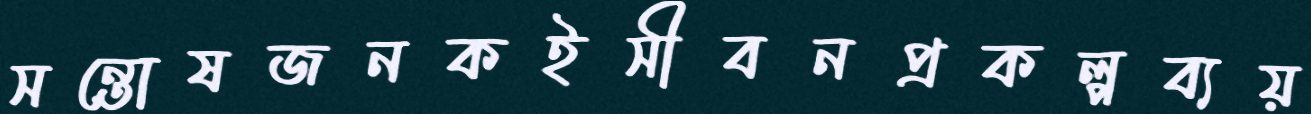
সন্তোষজনকইসীবনপ্রকল্পব্যয়